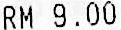
RM 9.00